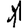
Digit: 1